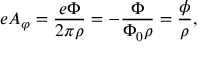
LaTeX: e A _ { \varphi } = { \frac { e \Phi } { 2 \pi \rho } } = - { \frac { \Phi } { \Phi _ { 0 } \rho } } = { \frac { \phi } { \rho } } ,